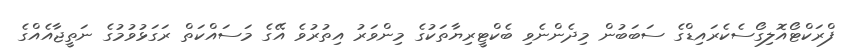
ފްރަކްޓޯއޮލިގޯސެކެރައިޑްގެ ސަބަބުން މިދެންނެވި ބެކްޓީރިޔާތަކުގެ މިންވަރު އިތުރުވެ އޭގެ މަސައްކަތް ރަގަޅުވުމުގެ ނަތީޖާއެއްގެ